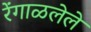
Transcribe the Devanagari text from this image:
रेंगाळलेले